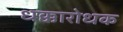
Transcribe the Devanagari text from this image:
धक्कारोधक